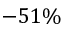
- 5 1 \%